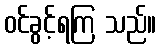
ဝင်ခွင့်ရကြ သည်။